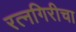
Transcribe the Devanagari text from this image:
रत्नगिरीचा